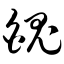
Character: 魄